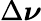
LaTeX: \Delta\boldsymbol{\nu}